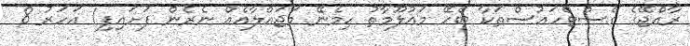
ރާއްޖޭގެ ގެސްޓްހައުސްތަކާ ބެހޭ މަޢުލޫމާތު ހިމެނޭ މަޖައްލާއެއް ނެރެން ފަށައިފި1 އަހަރު 8